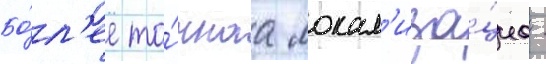
Бо́л'ее то́чнаа локал'иза́циа -